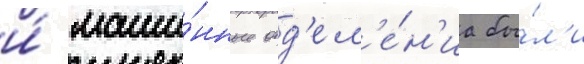
и́ маши́нные отд'ел'е́н'иа бы́л'и